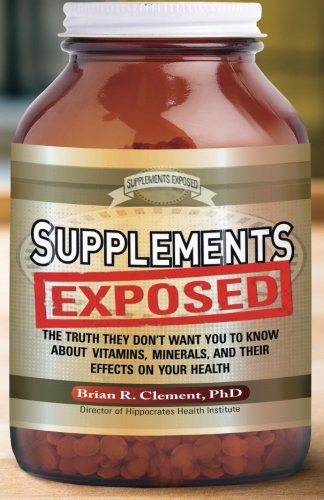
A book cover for Supplements Exposed: The Truth They Don't Want You to Know About Vitamins, Minerals, and Their Effects on Your Health; Brian Clement; Health, Fitness & Dieting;